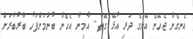
އެނގެން ޖެހޭނެ އޭނަގެ ދަރި އުޅޭ ގޮތް.. އާމިނާ އެހެން ބުނުމަށްފަހު ބާރުބާރަށް